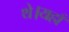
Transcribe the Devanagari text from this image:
थे।यहाँ